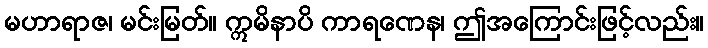
မဟာရာဇ၊ မင်းမြတ်။ ဣမိနာပိ ကာရဏေန၊ ဤအကြောင်းဖြင့်လည်း။